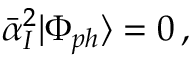
\bar { \alpha } _ { I } ^ { 2 } | \Phi _ { p h } \rangle = 0 \, ,